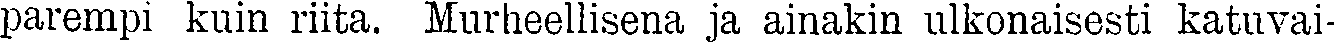
parempi kuin riita. Murheellisena ja ainakin ulkonaisesti katuvai-